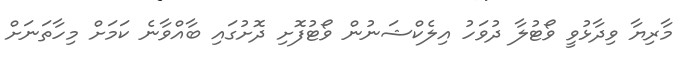
މާރިޔާ ވިދާޅުވީ ވޯޓުލާ ދުވަހު އިލެކްޝަނުން ވޯޓުފޮށި ދޮށުގައި ބާއްވާނެ ކަމަށް މިހާތަނަށް